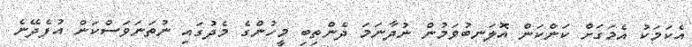
އެކަމަކު އެމަގަށް ކަންކަން އޮލަނބުވަމުން ނުދާނަމަ ދެންތިބި މީހުންގެ މެދުގައި ނުތަނަވަސްކަން އުފެދޭނެ